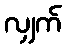
လျှက်